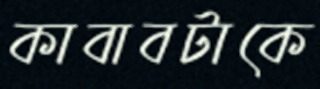
কাবাবটাকে